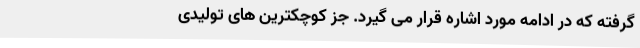
گرفته که در ادامه مورد اشاره قرار می گیرد. جز کوچکترین های تولیدی